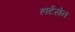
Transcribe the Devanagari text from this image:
हार्टसेन